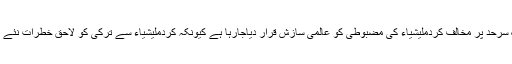
ترک سرحد پر مخالف کردملیشیاء کی مضبوطی کو عالمی سازش قرار دیاجارہا ہے کیونکہ کردملیشیاء سے ترکی کو لاحق خطرات نئے نہیں۔